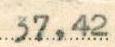
37,42